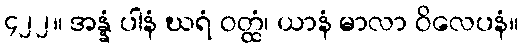
၄၂၂။ အန္နံ ပါနံ ဃရံ ဝတ္ထံ၊ ယာနံ မာလာ ဝိလေပနံ။